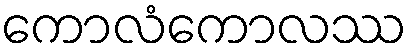
ကောလံကောလဿ